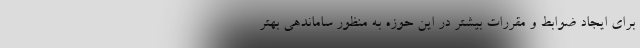
برای ایجاد ضوابط و مقررات بیشتر در این حوزه به منظور ساماندهی بهتر